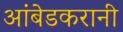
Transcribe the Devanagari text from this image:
आंबेडकरानी